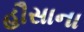
હૌસાના